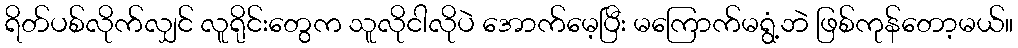
ရိတ်ပစ်လိုက်လျှင် လူရိုင်းတွေက သူလိုငါလိုပဲ အောက်မေ့ပြီး မကြောက်မရွံ့ဘဲ ဖြစ်ကုန်တော့မယ်။